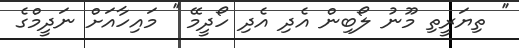
'' ތިޔަރީތި މޫނު ލޯބިން އެދި އެދި ހޯދީމޭ '' މައިހާއަށް ނަދީމްގެ